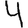
Digit: 4